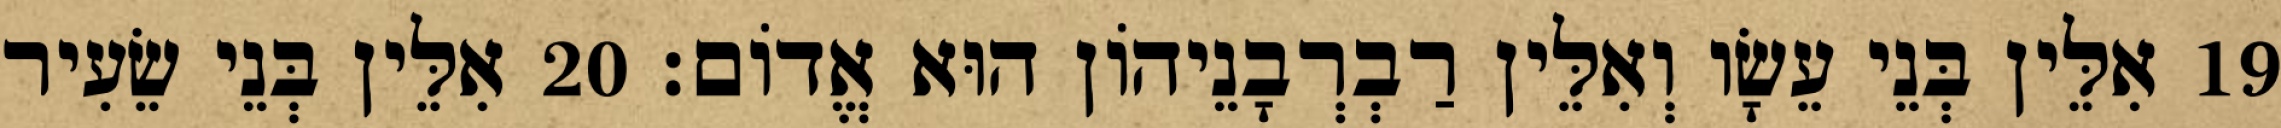
19 אִלֵּין בְּנֵי עֵשָׂו וְאִלֵּין רַבְרְבָנֵיהוֹן הוּא אֱדוֹם׃ 20 אִלֵּין בְּנֵי שֵׂעִיר